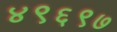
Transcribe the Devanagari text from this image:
४९६९७